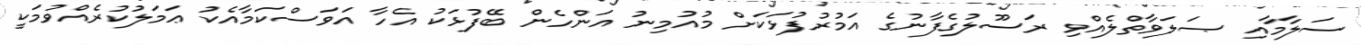
ސަލާމާއި ޞަލަވާތްލެއްވި ރަސޫލުގެފާނުގެ އަމުރުފުޅަކަށް މުއުމިނު އަންހެން ބޭފުޅަކު އެހާ އަވަސްކަމާއެކު ޢަމަލުކުރެއްވުމަކީ